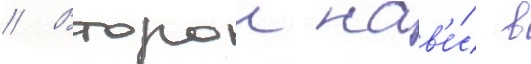
// Второи нав'е́с в